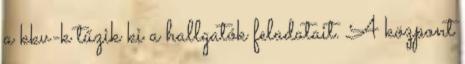
a kkv-k tűzik ki a hallgatók feladatait. A központ